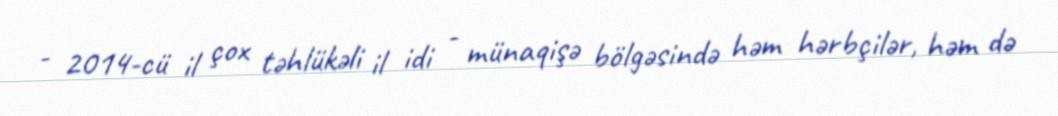
- 2014-cü il çox təhlükəli il idi - münaqişə bölgəsində həm hərbçilər, həm də